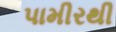
પામીરથી